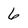
Character: 6